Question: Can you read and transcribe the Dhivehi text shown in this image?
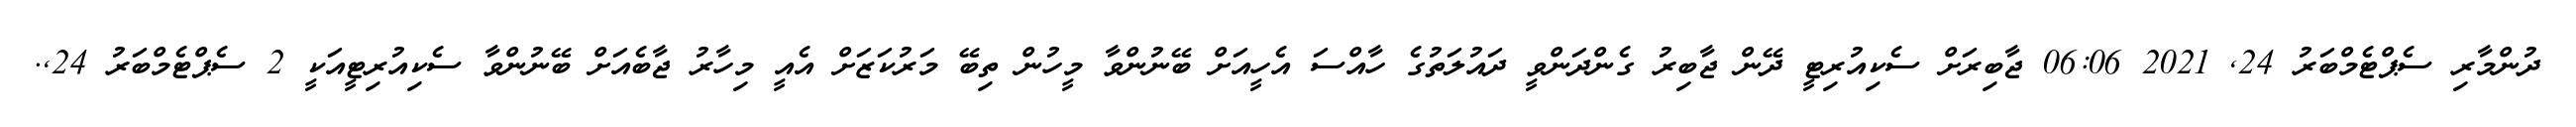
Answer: ދުންމާރި ސެޕްޓެމްބަރު 24, 2021 06:06 ޖާބިރަށް ސެކިއުރިޓީ ދޭން ޖާބިރު ގެންދަންވީ ދައުލަތުގެ ހާއްސަ އެހީއަށް ބޭނުންވާ މީހުން ތިބޭ މަރުކަޒަށް އެއީ މިހާރު ޖާބެއަށް ބޭނުންވާ ސެކިއުރިޓީއަކީ 2 ސެޕްޓެމްބަރު 24,.